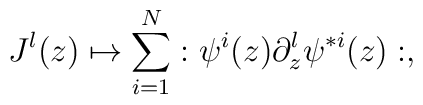
J^l (z) \mapsto \sum^N_{i=1} :\psi^i (z) \partial_z^l \psi^{*i}  (z):,